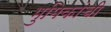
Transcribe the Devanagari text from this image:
भुमिकांची